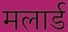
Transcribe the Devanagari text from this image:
मलार्ड